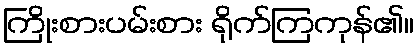
ကြိုးစားပမ်းစား ရိုက်ကြကုန်၏။